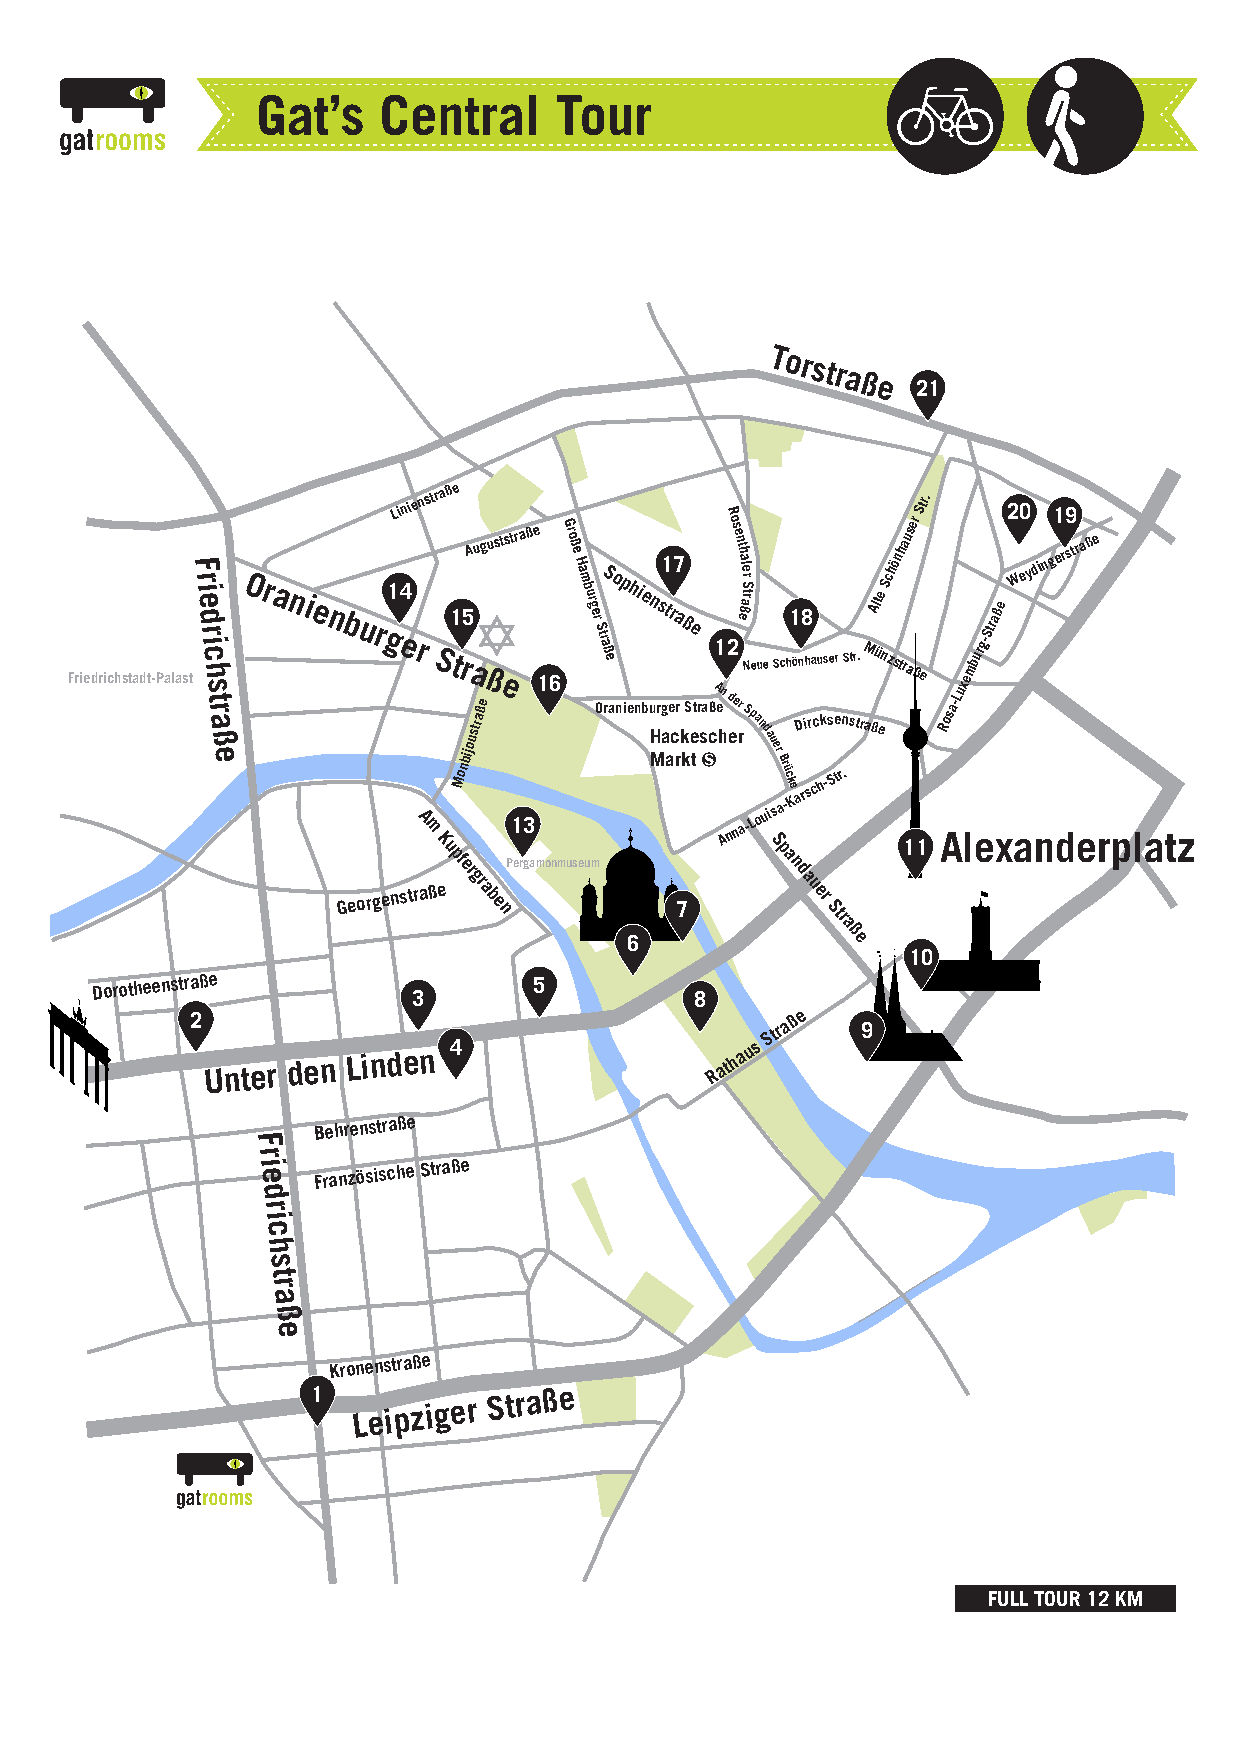
Gat’s   Central     Tour
 Torstraße
 21
 Friedrichstadt-PalasF tr i e d r i
 c h
 s
 t r
 a ß
 eOranienburg1L ei 4ni re An ms
 S
 t Kr ua ptß 1 fMe
 r
 o
 enbi5
 j
 roa
 uA strau ßeßgus et Ps 1t er ra
 3
 gß ae
 m1 o6
 nmG ro uß e H sa m eb u urg e r
 m
 S t OraS
 ß e
 rao np ih ei ne bn
 u
 H
 Ms rgt1
 a
 ar ea c7 rrß
 k
 kSe
 e
 ttr saß
 cA1
 en
 h
 A
 R d2o
 e
 ns ee n t nrh ea rl ße ar rtS
 aSN -pe Lanu ode
 a uu
 Si
 erS
 s
 p
 Br
 ac
 aüc
 -kh
 ne1
 K
 dö
 aDn8
 rh
 i
 sra
 c
 cu hks -se
 Se
 tr
 r
 n
 .S str t. rM
 aßAl üte
 e
 nSc zh sön tha ru 1aser
 ß
 S 1etr.
 R
 Aosa-Luxe lmbur
 eg-Straß xe2 W a0 eyd nin g1 der9 str ea ß e
 rplatz
 Georgenstraße
 gr
 a b
 e n          7
 a
 u er
 Str
 a
 ß
 6              e
 10
 Dorotheenstraße
 3
 5
 8
 2
 Unter den
 Linden
 4                Rathaus
 Straße
 9
 Behrenstraße
 F
 r
 i e Französische Straße
 d
 r
 i
 c
 h
 s
 t
 r
 a
 ß
 e
 Kronenstraße
 1
 Leipziger
 Straße
 FULL TOUR 12 KM